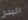
البدر